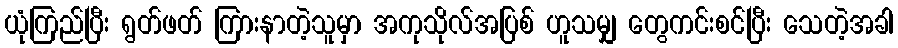
ယုံကြည်ပြီး ရွတ်ဖတ် ကြားနာတဲ့သူမှာ အကုသိုလ်အပြစ် ဟူသမျှ တွေကင်းစင်ပြီး သေတဲ့အခါ